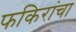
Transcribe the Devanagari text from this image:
फकिरांचा